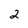
Character: 2